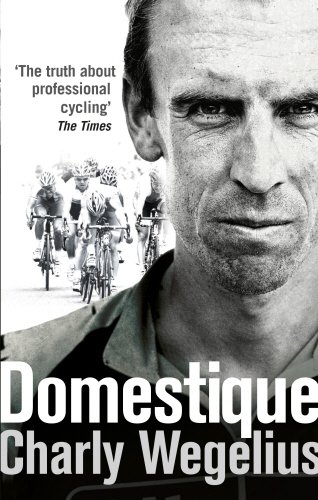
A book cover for Domestique: The True Life Ups and Downs of a Tour Pro; Charly Wegelius; Sports & Outdoors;